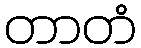
တာတံ